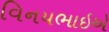
વિનયભાઇએ